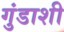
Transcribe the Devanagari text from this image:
गुंडाशी